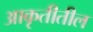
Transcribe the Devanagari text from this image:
आकृतीतील